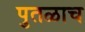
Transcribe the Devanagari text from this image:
पुतळाच